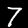
Label: 7